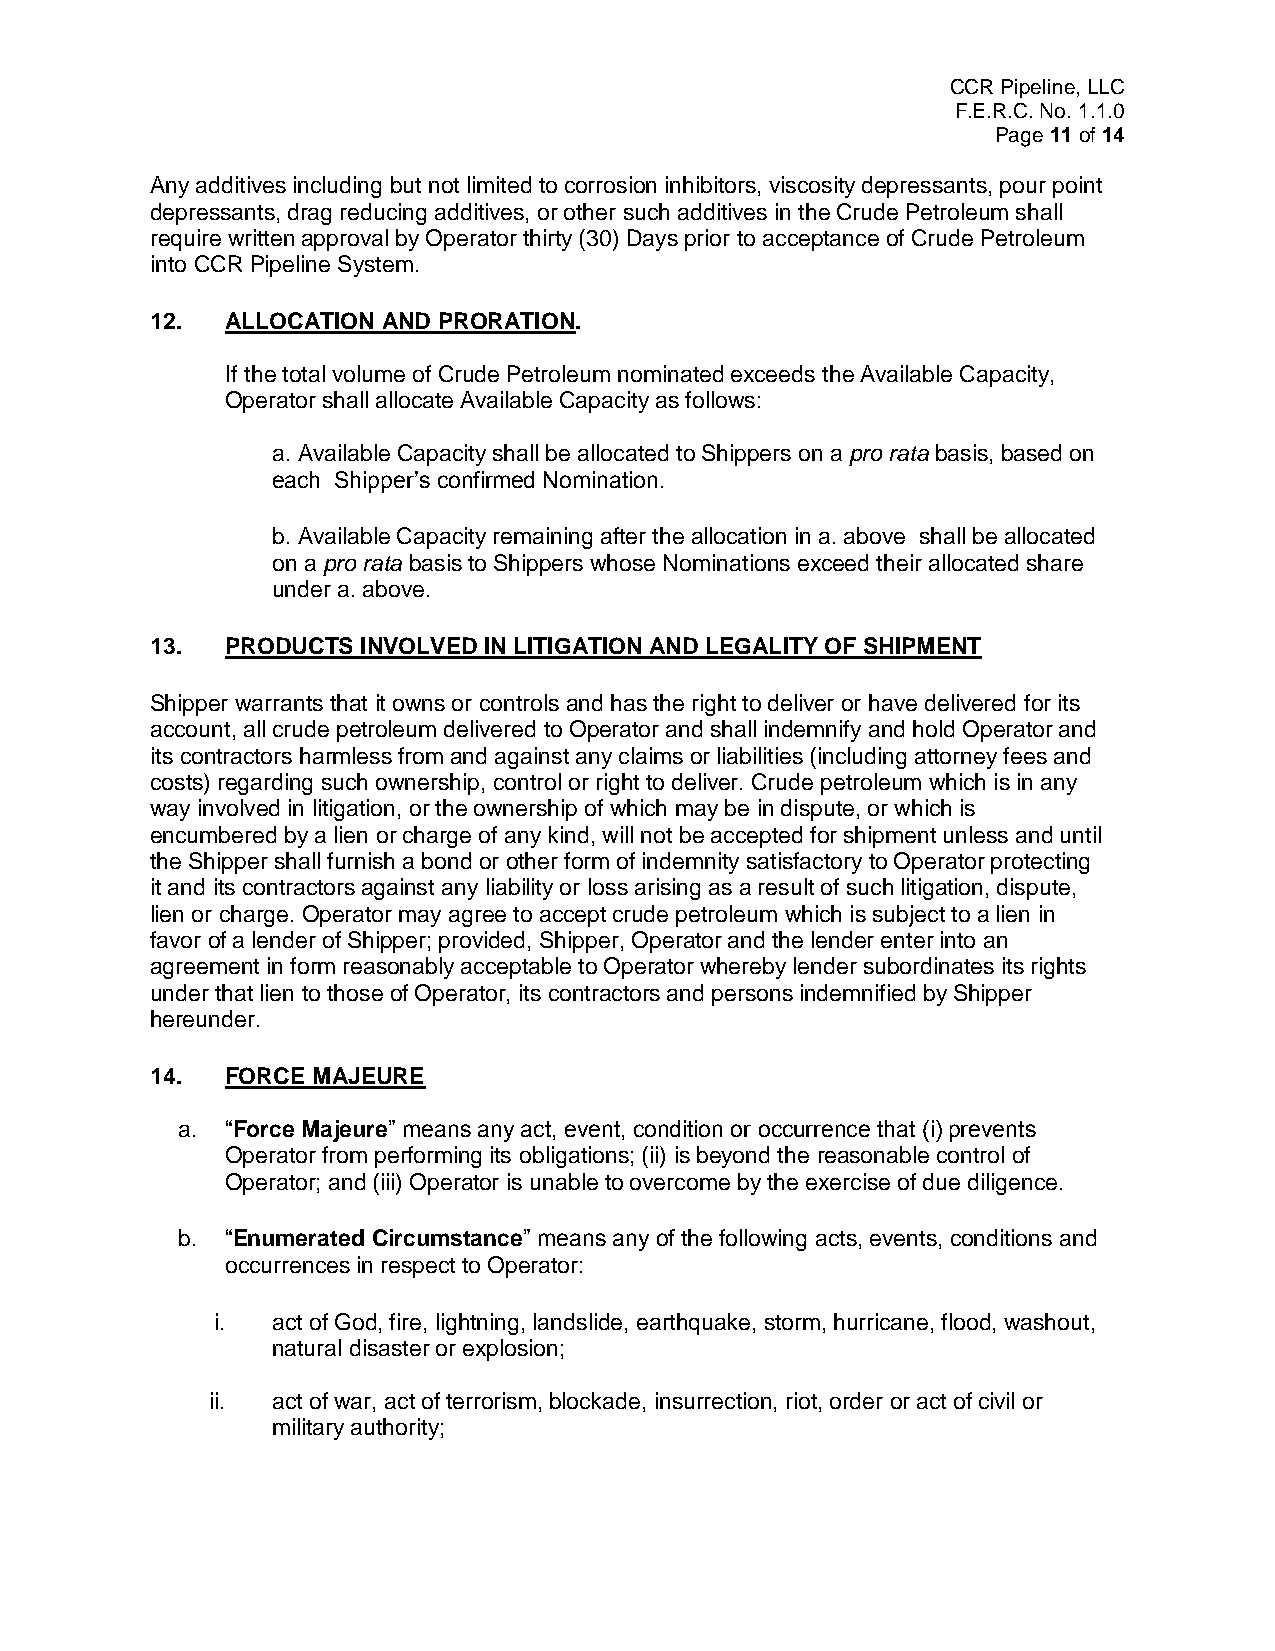
CCR Pipeline, LLC
 F.E.R.C. No. 1.1.0
 Page 11 of 14
 Any additives including but not limited to corrosion inhibitors, viscosity depressants, pour point
 depressants, drag reducing additives, or other such additives in the Crude Petroleum shall
 require written approval by Operator thirty (30) Days prior to acceptance of Crude Petroleum
 into CCR Pipeline System.
 12.  ALLOCATION AND PRORATION.
 If the total volume of Crude Petroleum nominated exceeds the Available Capacity,
 Operator shall allocate Available Capacity as follows:
 a. Available Capacity shall be allocated to Shippers on a pro rata basis, based on
 each Shipper’s confirmed Nomination.
 b. Available Capacity remaining after the allocation in a. above shall be allocated
 on a pro rata basis to Shippers whose Nominations exceed their allocated share
 under a. above.
 13.  PRODUCTS INVOLVED IN LITIGATION AND LEGALITY OF SHIPMENT
 Shipper warrants that it owns or controls and has the right to deliver or have delivered for its
 account, all crude petroleum delivered to Operator and shall indemnify and hold Operator and
 its contractors harmless from and against any claims or liabilities (including attorney fees and
 costs) regarding such ownership, control or right to deliver. Crude petroleum which is in any
 way involved in litigation, or the ownership of which may be in dispute, or which is
 encumbered by a lien or charge of any kind, will not be accepted for shipment unless and until
 the Shipper shall furnish a bond or other form of indemnity satisfactory to Operator protecting
 it and its contractors against any liability or loss arising as a result of such litigation, dispute,
 lien or charge. Operator may agree to accept crude petroleum which is subject to a lien in
 favor of a lender of Shipper; provided, Shipper, Operator and the lender enter into an
 agreement in form reasonably acceptable to Operator whereby lender subordinates its rights
 under that lien to those of Operator, its contractors and persons indemnified by Shipper
 hereunder.
 14.  FORCE MAJEURE
 a. “Force Majeure” means any act, event, condition or occurrence that (i) prevents
 Operator from performing its obligations; (ii) is beyond the reasonable control of
 Operator; and (iii) Operator is unable to overcome by the exercise of due diligence.
 b. “Enumerated Circumstance” means any of the following acts, events, conditions and
 occurrences in respect to Operator:
 i.  act of God, fire, lightning, landslide, earthquake, storm, hurricane, flood, washout,
 natural disaster or explosion;
 ii. act of war, act of terrorism, blockade, insurrection, riot, order or act of civil or
 military authority;